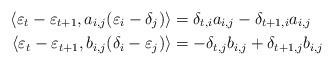
LaTeX: \begin{align*}\langle \varepsilon_t - \varepsilon_{t+1}, a_{i,j}(\varepsilon_i - \delta_j) \rangle& = \delta_{t, i}a_{i,j} - \delta_{t+1, i}a_{i,j} \\\langle \varepsilon_t - \varepsilon_{t+1}, b_{i,j}(\delta_i - \varepsilon_j) \rangle& = -\delta_{t, j}b_{i,j} + \delta_{t+1,j}b_{i,j} \end{align*}